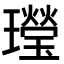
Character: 㼆